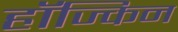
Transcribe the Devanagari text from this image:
हॉज्किन